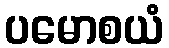
ပမောစယံ